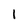
Character: I